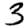
Digit: 3